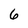
Character: 6